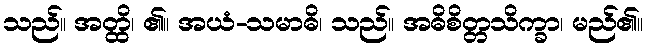
သည်။ အတ္ထိ၊ ၏။ အယံ-သမာဓိ၊ သည်။ အဓိစိတ္တသိက္ခာ၊ မည်၏။